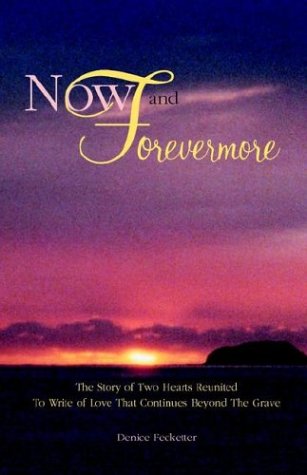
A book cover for Now and Forevermore  The Story of Two Hearts Reunited Beyond The Grave; Denise Fecketter; Religion & Spirituality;